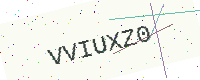
Text: VVIUXZ0